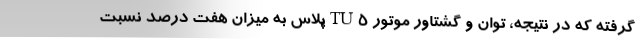
گرفته که در نتیجه، توان و گشتاور موتور TU5پلاس به میزان هفت درصد نسبت